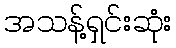
အသန့်ရှင်းဆုံး